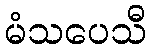
မံသပေသီ